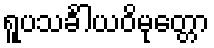
ရူပသင်္ခါယဝိမုတ္တော